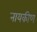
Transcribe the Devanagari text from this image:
नायकीण